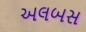
અલબસ